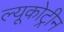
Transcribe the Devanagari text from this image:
ल्यूकोट्रीन